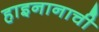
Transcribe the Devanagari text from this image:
हाइनानाची